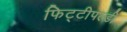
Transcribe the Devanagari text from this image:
फिट्टीपल्डी